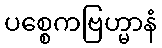
ပစ္စေကဗြဟ္မာနံ